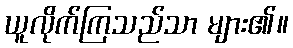
ယူလိုက်ကြသည်သာ များ၏။